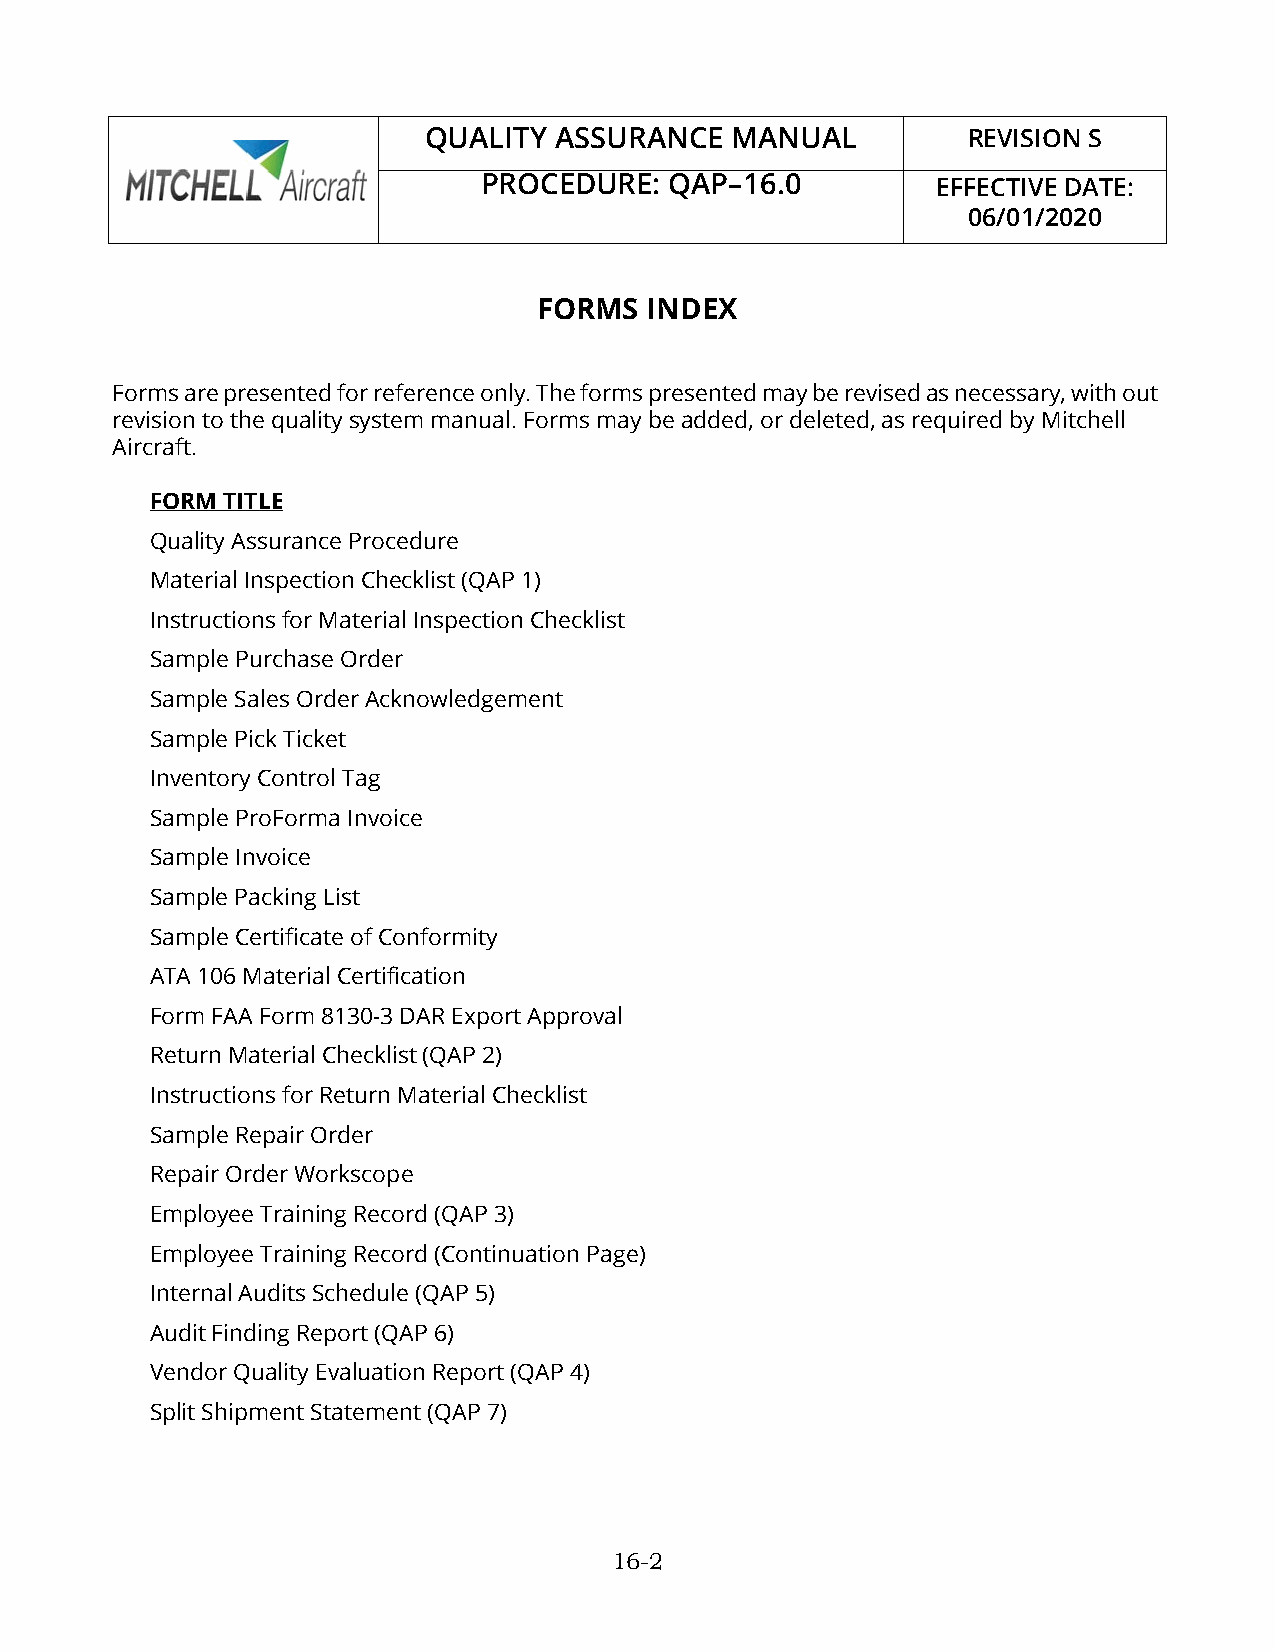
QUALITY  ASSURANCE  MANUAL          REVISION S
 PROCEDURE:  QAP–16.0          EFFECTIVE DATE:
 06/01/2020
 FORMS  INDEX
 Forms are presented for reference only. The forms presented may be revised as necessary, with out
 revision to the quality system manual. Forms may be added, or deleted, as required by Mitchell
 Aircraft.
 FORM TITLE
 Quality Assurance Procedure
 Material Inspection Checklist (QAP 1)
 Instructions for Material Inspection Checklist
 Sample Purchase Order
 Sample Sales Order Acknowledgement
 Sample Pick Ticket
 Inventory Control Tag
 Sample ProForma Invoice
 Sample Invoice
 Sample Packing List
 Sample Certificate of Conformity
 ATA 106 Material Certification
 Form FAA Form 8130-3 DAR Export Approval
 Return Material Checklist (QAP 2)
 Instructions for Return Material Checklist
 Sample Repair Order
 Repair Order Workscope
 Employee Training Record (QAP 3)
 Employee Training Record (Continuation Page)
 Internal Audits Schedule (QAP 5)
 Audit Finding Report (QAP 6)
 Vendor Quality Evaluation Report (QAP 4)
 Split Shipment Statement (QAP 7)
 16-2